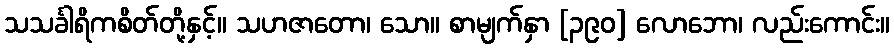
သသင်္ခါရိကစိတ်တို့နှင့်။ သဟဇာတော၊ သော။ စာမျက်နှာ [၃၉၀] လောဘော၊ လည်းကောင်း။